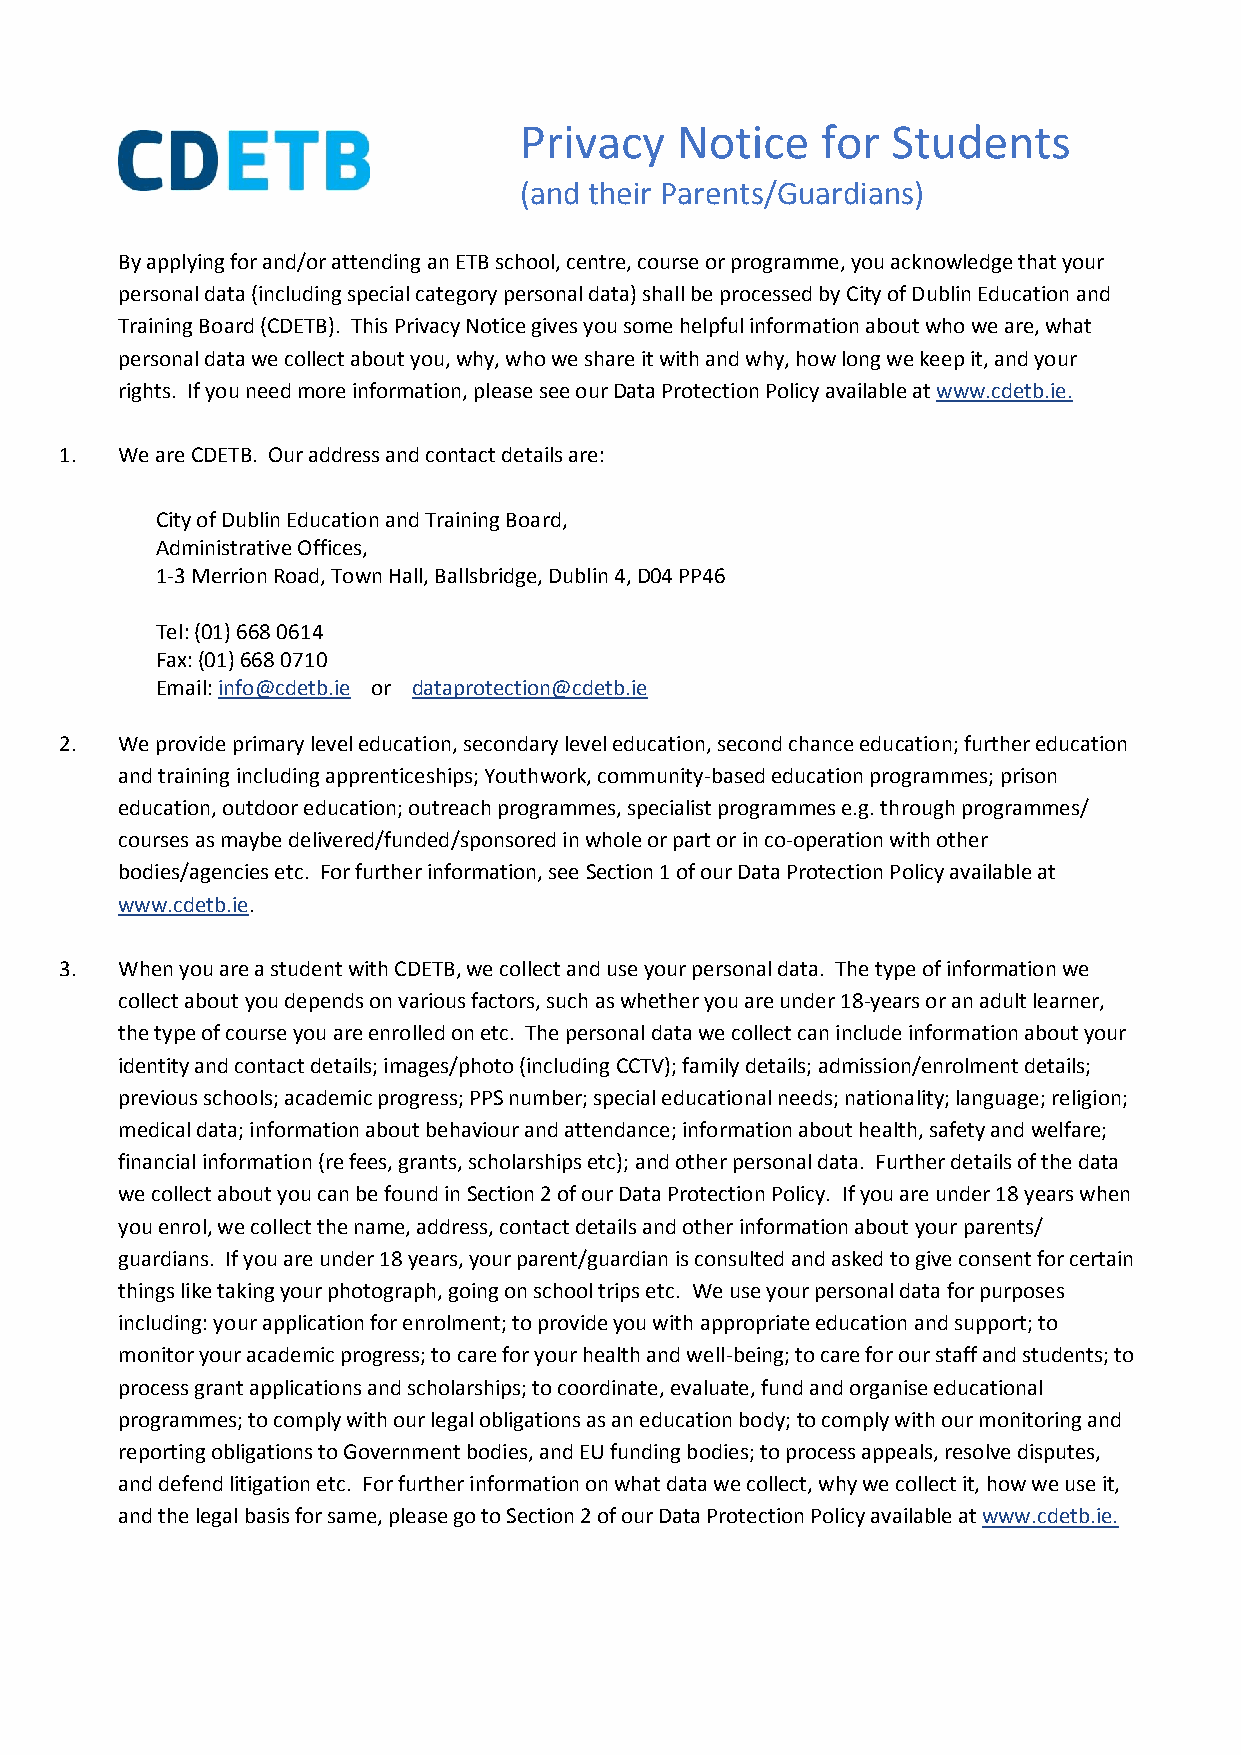
Privacy    Notice   for  Students
 (and their Parents/Guardians)
 By applying for and/or attending an ETB school, centre, course or programme, you acknowledge that your
 personal data (including special category personal data) shall be processed by City of Dublin Education and
 Training Board (CDETB). This Privacy Notice gives you some helpful information about who we are, what
 personal data we collect about you, why, who we share it with and why, how long we keep it, and your
 rights. If you need more information, please see our Data Protection Policy available at www.cdetb.ie.
 1.  We are CDETB. Our address and contact details are:
 City of Dublin Education and Training Board,
 Administrative Offices,
 1-3 Merrion Road, Town Hall, Ballsbridge, Dublin 4, D04 PP46
 Tel: (01) 668 0614
 Fax: (01) 668 0710
 Email: info@cdetb.ie or dataprotection@cdetb.ie
 2.  We provide primary level education, secondary level education, second chance education; further education
 and training including apprenticeships; Youthwork, community-based education programmes; prison
 education, outdoor education; outreach programmes, specialist programmes e.g. through programmes/
 courses as maybe delivered/funded/sponsored in whole or part or in co-operation with other
 bodies/agencies etc. For further information, see Section 1 of our Data Protection Policy available at
 www.cdetb.ie.
 3.  When you are a student with CDETB, we collect and use your personal data. The type of information we
 collect about you depends on various factors, such as whether you are under 18-years or an adult learner,
 the type of course you are enrolled on etc. The personal data we collect can include information about your
 identity and contact details; images/photo (including CCTV); family details; admission/enrolment details;
 previous schools; academic progress; PPS number; special educational needs; nationality; language; religion;
 medical data; information about behaviour and attendance; information about health, safety and welfare;
 financial information (re fees, grants, scholarships etc); and other personal data. Further details of the data
 we collect about you can be found in Section 2 of our Data Protection Policy. If you are under 18 years when
 you enrol, we collect the name, address, contact details and other information about your parents/
 guardians. If you are under 18 years, your parent/guardian is consulted and asked to give consent for certain
 things like taking your photograph, going on school trips etc. We use your personal data for purposes
 including: your application for enrolment; to provide you with appropriate education and support; to
 monitor your academic progress; to care for your health and well-being; to care for our staff and students; to
 process grant applications and scholarships; to coordinate, evaluate, fund and organise educational
 programmes; to comply with our legal obligations as an education body; to comply with our monitoring and
 reporting obligations to Government bodies, and EU funding bodies; to process appeals, resolve disputes,
 and defend litigation etc. For further information on what data we collect, why we collect it, how we use it,
 and the legal basis for same, please go to Section 2 of our Data Protection Policy available at www.cdetb.ie.